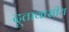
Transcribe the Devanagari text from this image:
दूतावासीय